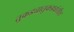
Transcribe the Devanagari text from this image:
तुकड्यातुकड्यांतील